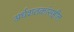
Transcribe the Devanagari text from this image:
अर्धशतकांसहीत